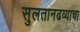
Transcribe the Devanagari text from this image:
सुलतानढव्याचा